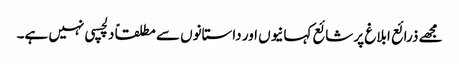
مجھے ذرائع ابلاغ پر شائع کہانیوں اور داستانوں سے مطلقاً دلچسپی نہیں ہے۔